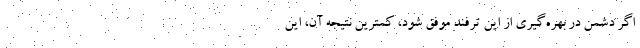
اگر دشمن در بهره‌گیری از این ترفند موفق شود، کمترین نتیجه آن، این